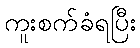
ကူးစက်ခံရပြီး